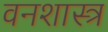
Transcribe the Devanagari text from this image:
वनशास्त्र